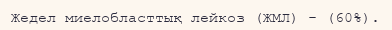
Жедел миелобласттық лейкоз (ЖМЛ) - (60%).